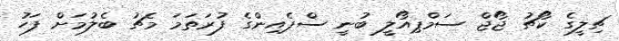
ޗިލީގެ ކޯޗު ޖޯޖް ސަމްޕިއޯލީ ބުނީ ސްޕެއިންގެ ފުރަތަމަ މެޗު ބެލުމަށް ފަހު